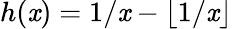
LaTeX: h(\mathit{x})=1/\mathit{x}-\lfloor1/\mathit{x}\rfloor